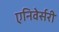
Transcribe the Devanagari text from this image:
एनिवेर्सरी